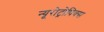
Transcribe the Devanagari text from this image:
न्यूरोट्रोपिक्स